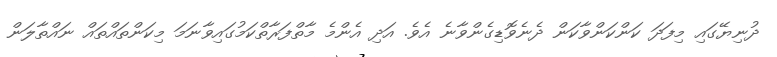
ދުނިޔޭގައި މިފަދަ ކަންކަންވާކަން ދެނެވޮޑިގެންވާނެ އެވެ. އަދި އެންމެ މާތްފަރާތްކަމުގައިވާނަމަ މިކަންތައްތައް ނައްތާލަން